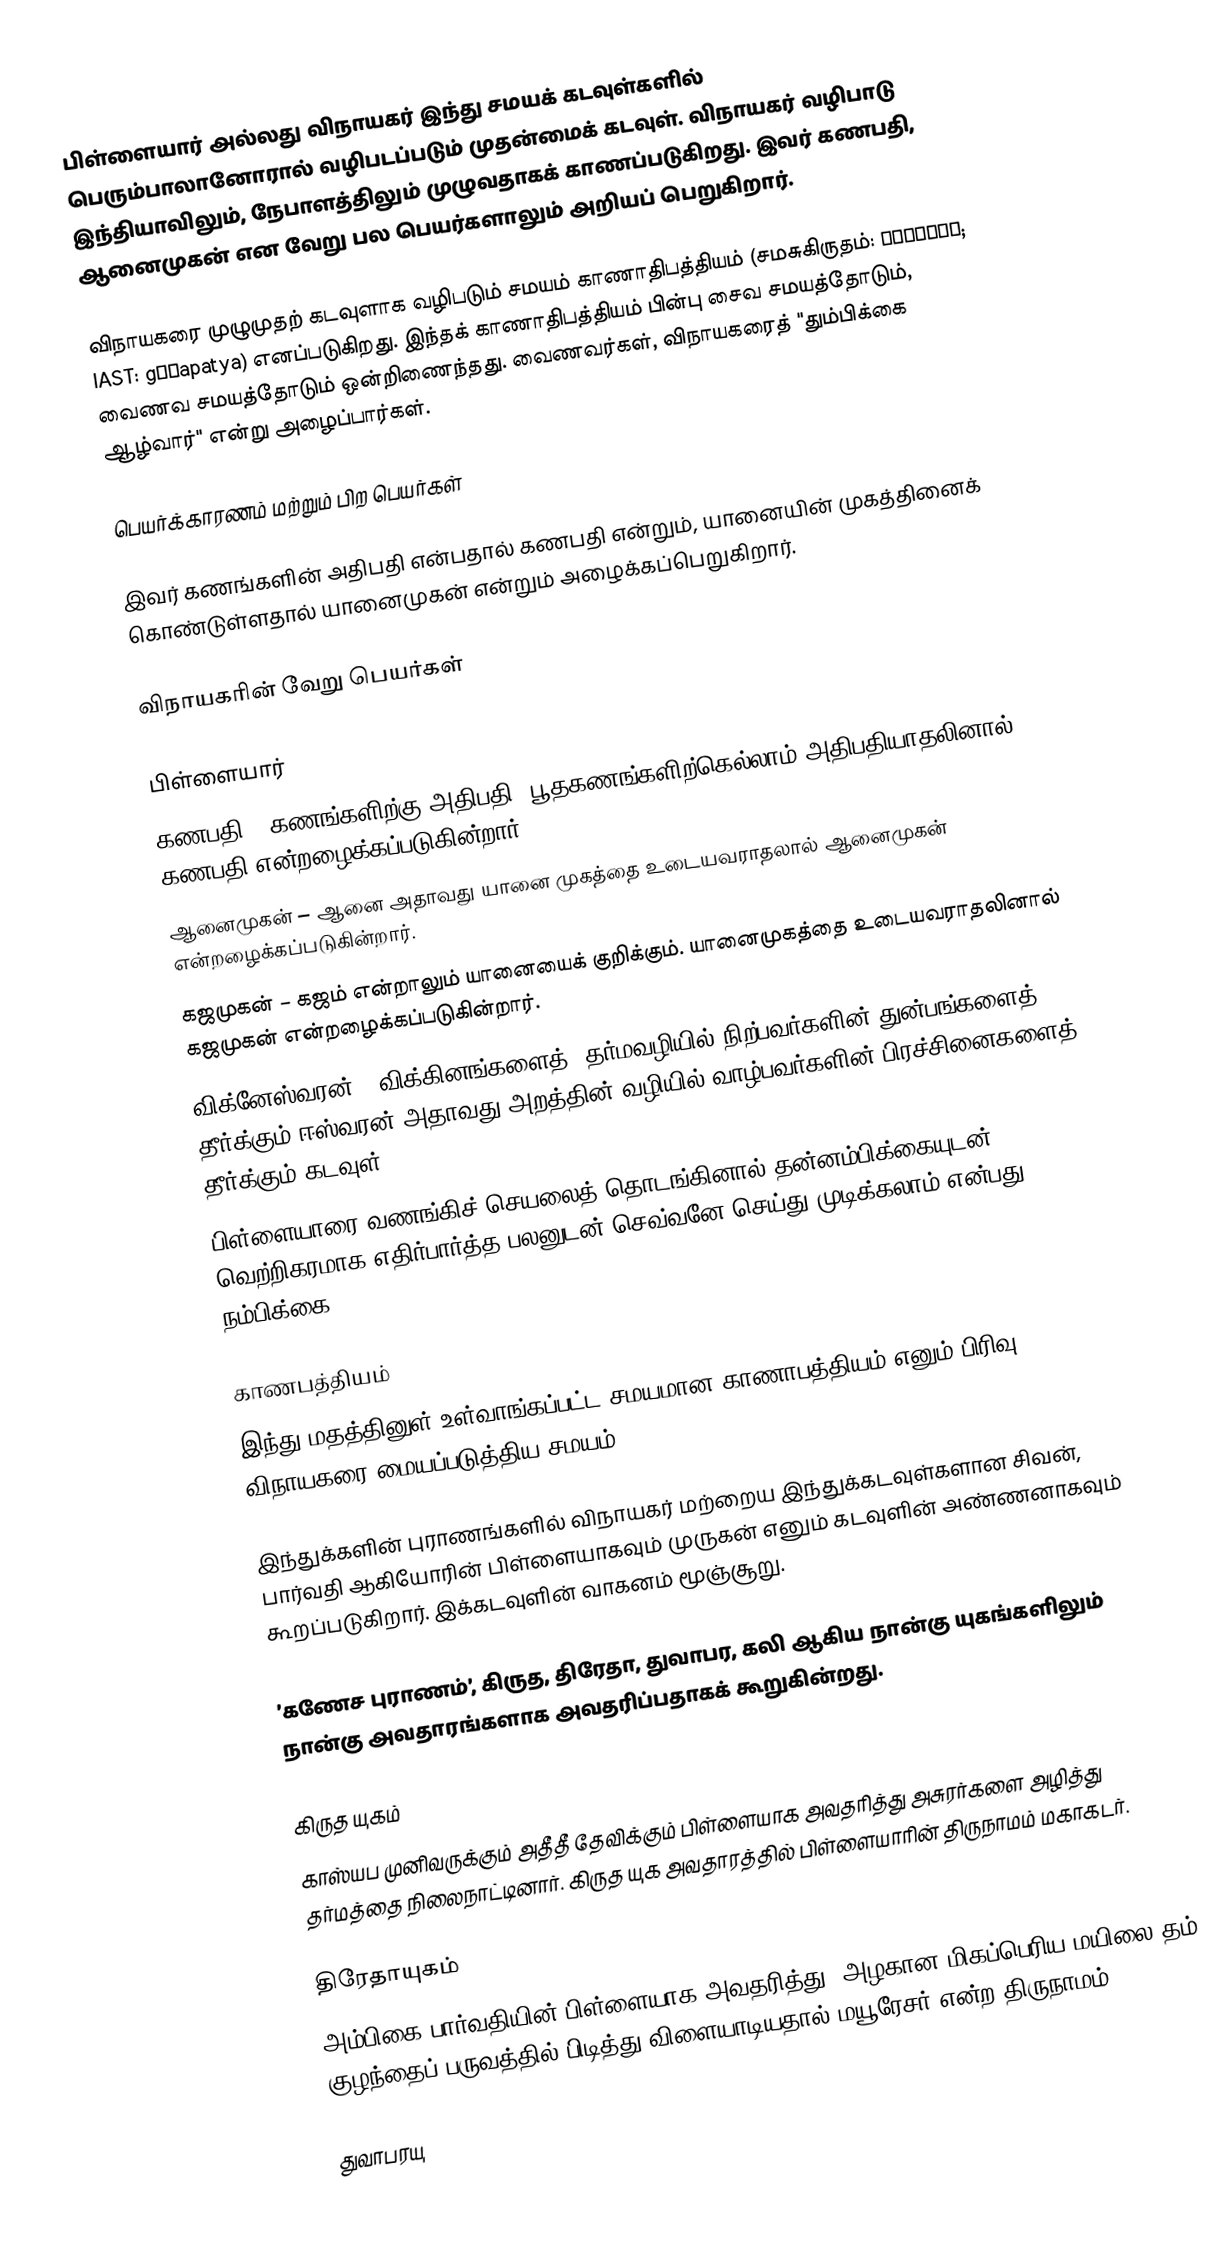
பிள்ளையார் அல்லது விநாயகர் இந்து சமயக் கடவுள்களில் பெரும்பாலானோரால் வழிபடப்படும் முதன்மைக் கடவுள். விநாயகர் வழிபாடு இந்தியாவிலும், நேபாளத்திலும் முழுவதாகக் காணப்படுகிறது. இவர் கணபதி, ஆனைமுகன் என வேறு பல பெயர்களாலும் அறியப் பெறுகிறார்.

விநாயகரை முழுமுதற் கடவுளாக வழிபடும் சமயம் காணாதிபத்தியம் (சமசுகிருதம்: गाणपत्य; IAST: gāṇapatya) எனப்படுகிறது. இந்தக் காணாதிபத்தியம் பின்பு சைவ சமயத்தோடும், வைணவ சமயத்தோடும் ஒன்றிணைந்தது. வைணவர்கள், விநாயகரைத் "தும்பிக்கை ஆழ்வார்" என்று அழைப்பார்கள்.

பெயர்க்காரணம் மற்றும் பிற பெயர்கள்

இவர் கணங்களின் அதிபதி என்பதால் கணபதி என்றும், யானையின் முகத்தினைக் கொண்டுள்ளதால் யானைமுகன் என்றும் அழைக்கப்பெறுகிறார்.

விநாயகரின் வேறு பெயர்கள்

 பிள்ளையார்
 கணபதி – கணங்களிற்கு அதிபதி. பூதகணங்களிற்கெல்லாம் அதிபதியாதலினால் கணபதி என்றழைக்கப்படுகின்றார்.
 ஆனைமுகன் – ஆனை அதாவது யானை முகத்தை உடையவராதலால் ஆனைமுகன் என்றழைக்கப்படுகின்றார்.
 கஜமுகன் – கஜம் என்றாலும் யானையைக் குறிக்கும். யானைமுகத்தை உடையவராதலினால் கஜமுகன் என்றழைக்கப்படுகின்றார்.
 விக்னேஸ்வரன் – விக்கினங்களைத் (தர்மவழியில் நிற்பவர்களின் துன்பங்களைத்) தீர்க்கும் ஈஸ்வரன் அதாவது அறத்தின் வழியில் வாழ்பவர்களின் பிரச்சினைகளைத் தீர்க்கும் கடவுள்
பிள்ளையாரை வணங்கிச் செயலைத் தொடங்கினால் தன்னம்பிக்கையுடன் வெற்றிகரமாக எதிர்பார்த்த பலனுடன் செவ்வனே செய்து முடிக்கலாம் என்பது நம்பிக்கை.

காணபத்தியம்
இந்து மதத்தினுள் உள்வாங்கப்பட்ட சமயமான காணாபத்தியம் எனும் பிரிவு விநாயகரை மையப்படுத்திய சமயம்.

இந்துக்களின் புராணங்களில்  விநாயகர் மற்றைய இந்துக்கடவுள்களான சிவன், பார்வதி ஆகியோரின் பிள்ளையாகவும்  முருகன் எனும் கடவுளின் அண்ணனாகவும் கூறப்படுகிறார். இக்கடவுளின் வாகனம் மூஞ்சூறு.

’கணேச புராணம்’, கிருத, திரேதா, துவாபர, கலி ஆகிய நான்கு யுகங்களிலும் நான்கு அவதாரங்களாக அவதரிப்பதாகக் கூறுகின்றது.

கிருத யுகம்
காஸ்யப முனிவருக்கும் அதீதீ தேவிக்கும் பிள்ளையாக அவதரித்து அசுரர்களை அழித்து தர்மத்தை நிலைநாட்டினார். கிருத யுக அவதாரத்தில் பிள்ளையாரின் திருநாமம் மகாகடர்.

திரேதாயுகம்
அம்பிகை பார்வதியின் பிள்ளையாக அவதரித்து, அழகான மிகப்பெரிய மயிலை தம் குழந்தைப் பருவத்தில் பிடித்து விளையாடியதால் மயூரேசர் என்ற திருநாமம்

துவாபரயு